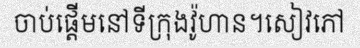
ចាប់ផ្តើមនៅទីក្រុងវ៉ូហាន។សៀវភៅ